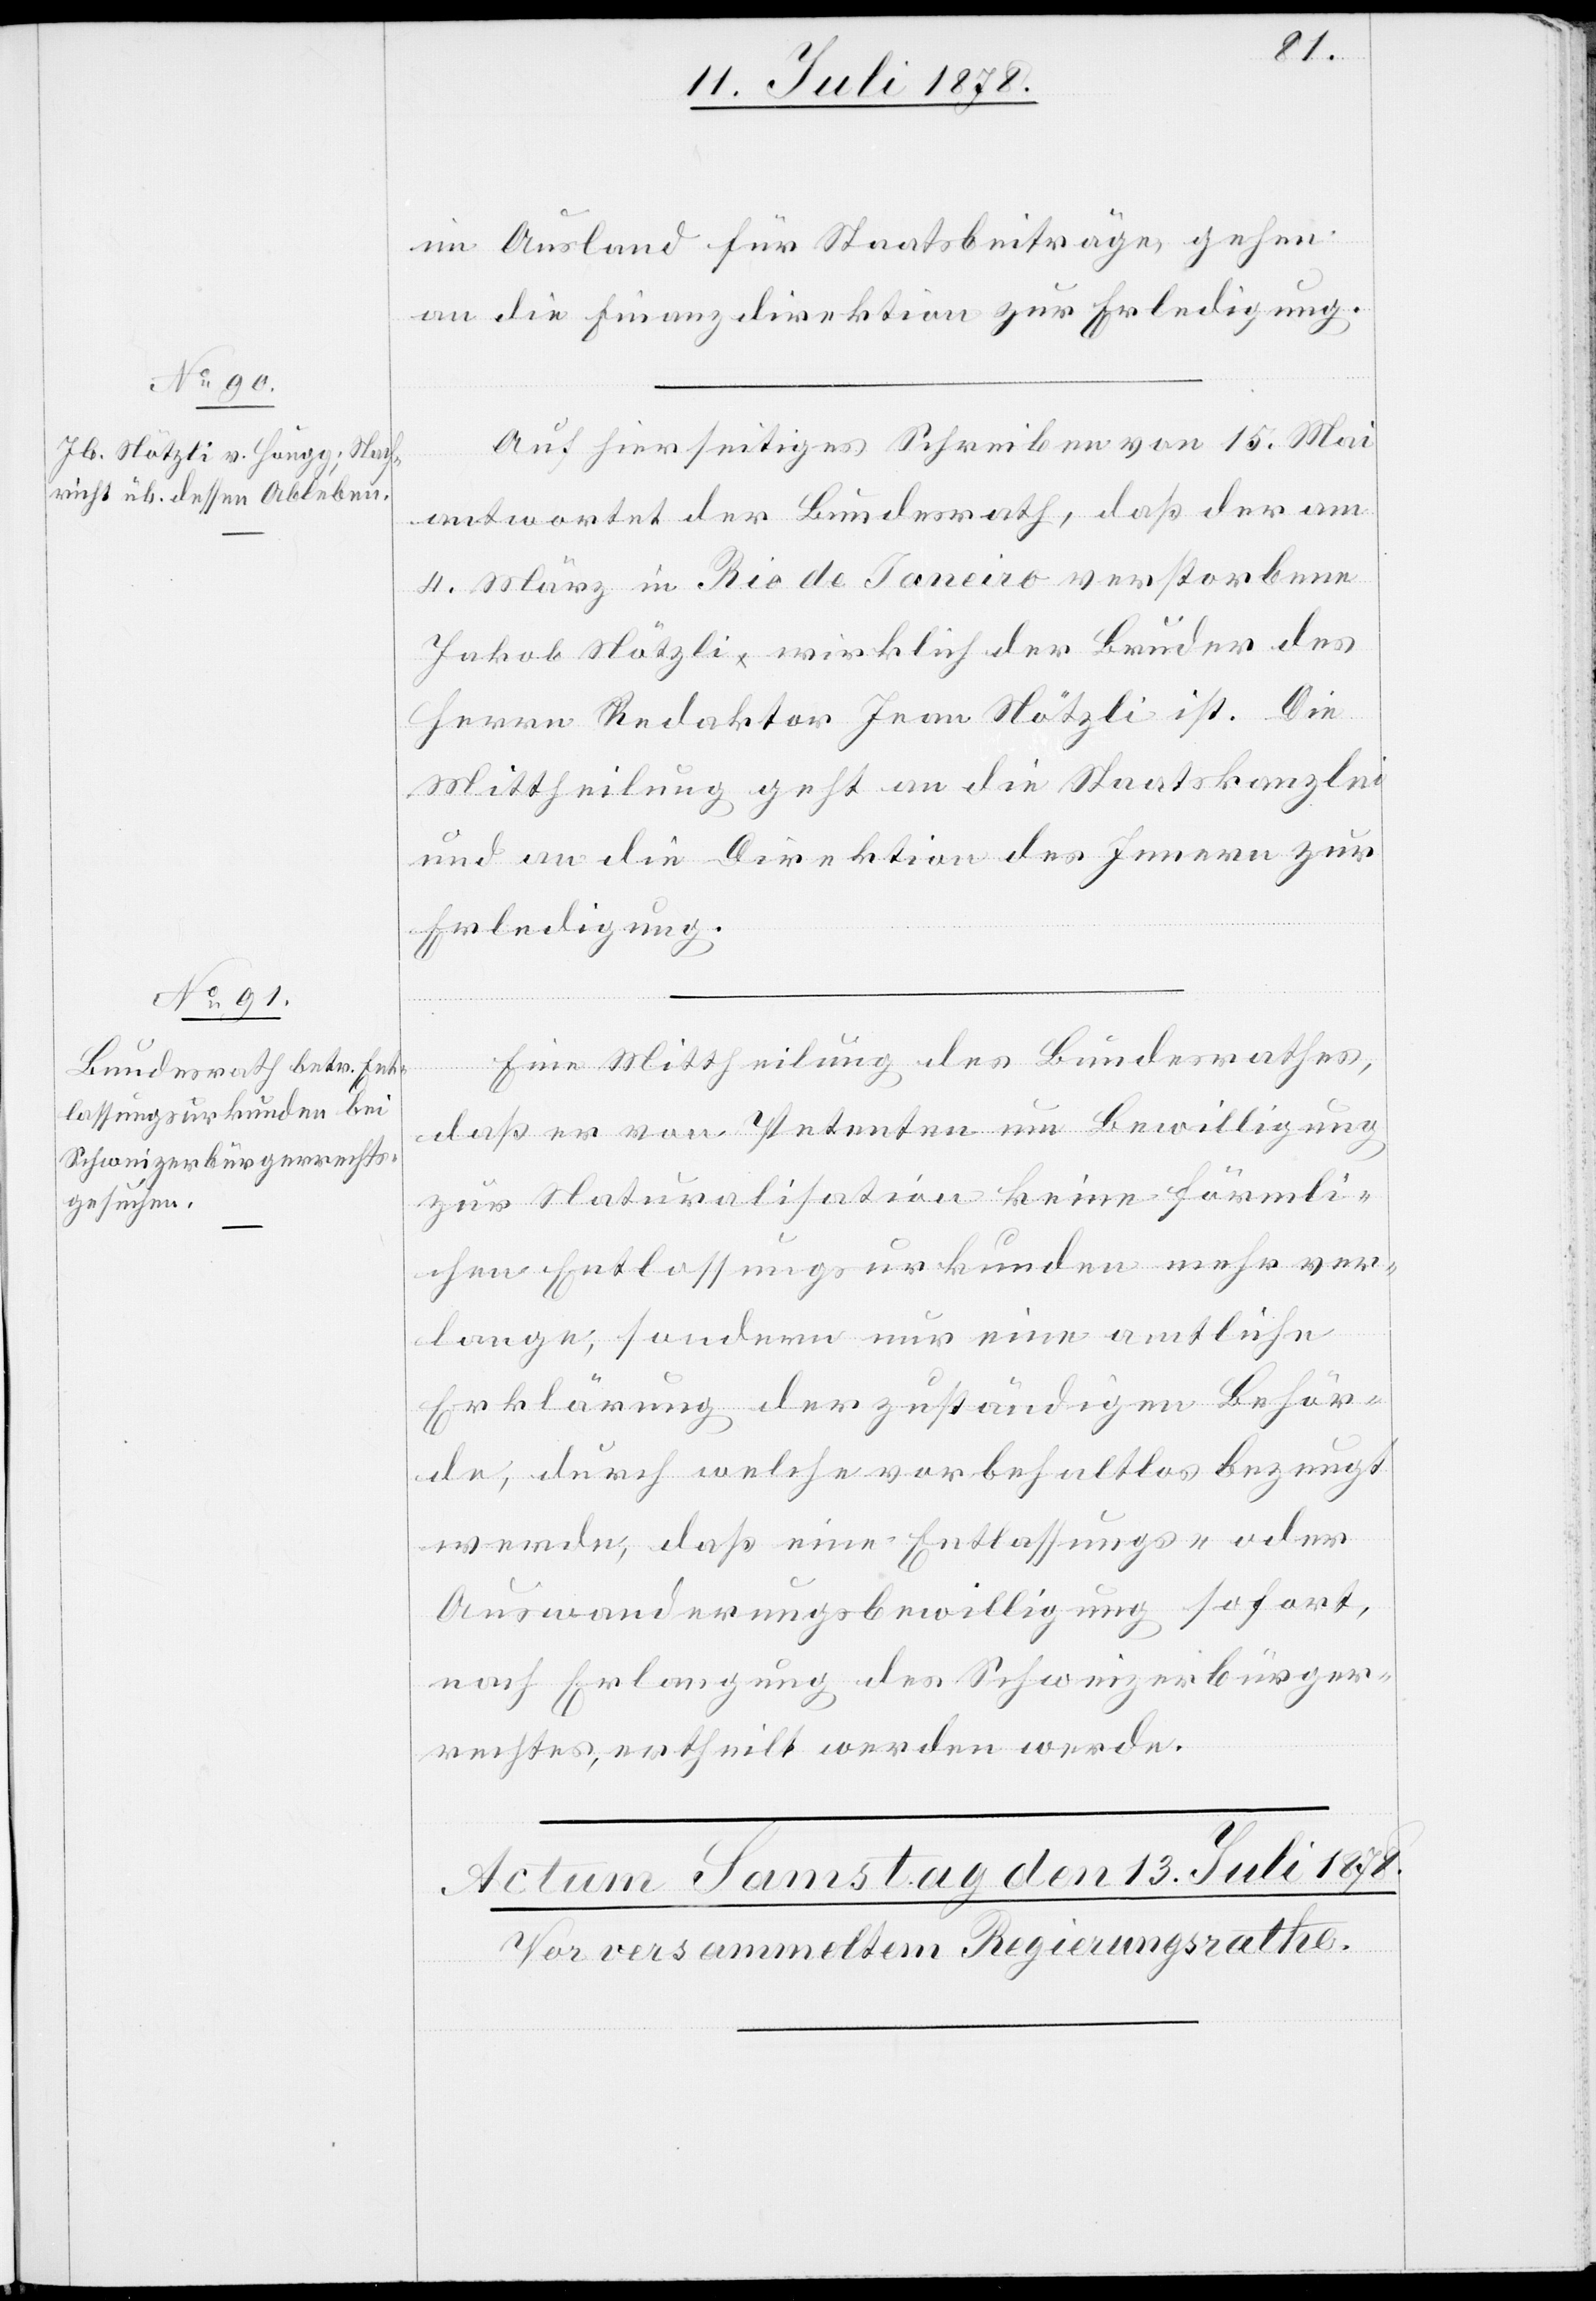
11. Juli 1878.]
im Ausland für Staatsbeiträge gehen
an die Finanzdirektion zur Erledigung.
Auf hierseitiges Schreiben von 15. Mai
antwortet der Bundesrath, daß der am
4. März in Rio de Janeiro verstorbene
Jakob Nötzli wirklich der Bruder des
Herrn Redaktor Jean Nötzli ist. Die
Mittheilung geht an die Staatskanzlei
und an die Direktion des Innern zur
Erledigung.
Eine Mittheilung des Bundesrathes,
daß er von Petenten um Bewilligung
zur Naturalisation keine förmli¬
chen Entlassungsurkunden mehr ver¬
lange, sondern nur eine amtliche
Erklärung der zuständigen Behör¬
de, durch welche vorbehaltlos bezeugt
werde, daß eine Entlassungs- oder
Auswanderungsbewilligung sofort,
nach Erlangung des Schweizerbürger¬
rechtes, ertheilt werden werde.